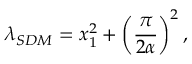
\lambda _ { S D M } = x _ { 1 } ^ { 2 } + \left( \frac { \pi } { 2 \alpha } \right) ^ { 2 } ,